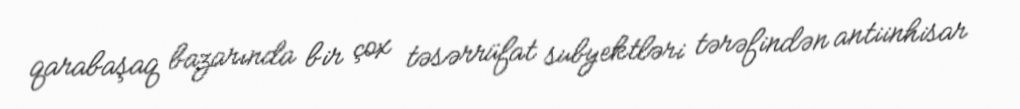
qarabaşaq bazarında bir çox təsərrüfat subyektləri tərəfindən antiinhisar